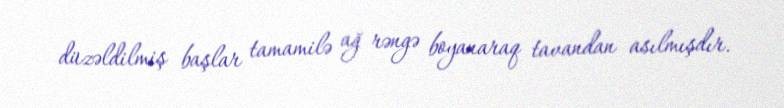
düzəldilmiş başlar tamamilə ağ rəngə boyanaraq tavandan asılmışdır.